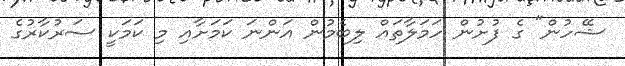
ޝޭހުން" ގެ ފުށުން ހަމަލާތައް ލިބެމުން އަންނަ ކަމަށާއި މި ކަމަކީ ސަރުކާރުގެ